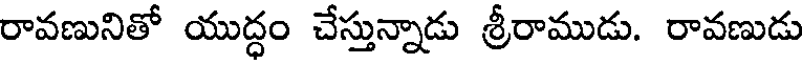
రావణునితో యుద్ధం చేస్తున్నాడు శ్రీరాముడు. రావణుడు